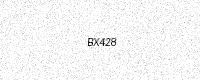
Text: BX428